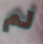
لم